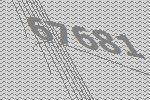
67681